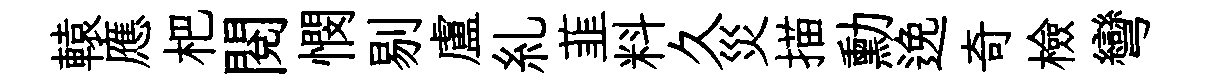
轅應杷閱憫剔盧糺韮料久災描勳𨓜奇檢彎